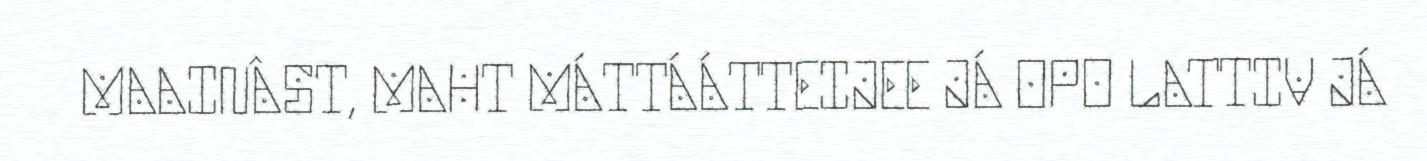
MAAINÂST, MAHT MÁTTÁÁTTEIJEE JÁ OPO LATTIV JÁ